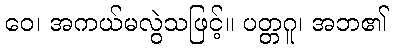
ဝေ၊ အကယ်မလွဲသဖြင့်။ ပတ္တဂူ၊ အဘ၏